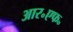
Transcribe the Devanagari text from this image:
आर॰एफ॰